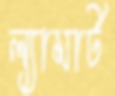
ল্যামার্ট